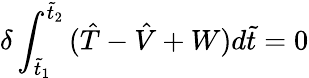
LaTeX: \delta\int_{\tilde{t}_{1}}^{\tilde{t}_{2}}{(\hat{T}-\hat{V}+W})d\tilde{t}=0